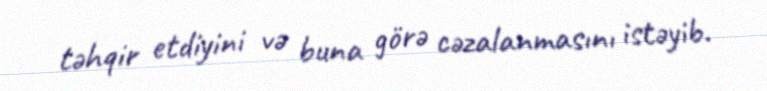
təhqir etdiyini və buna görə cəzalanmasını istəyib.